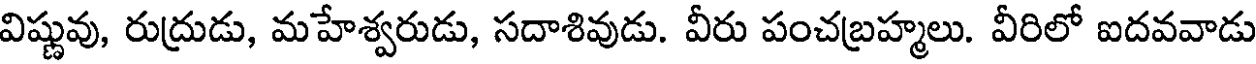
విష్ణువు, రుద్రుడు, మహేశ్వరుడు, సదాశివుడు. వీరు పంచబ్రహ్మలు. వీరిలో ఐదవవాడు